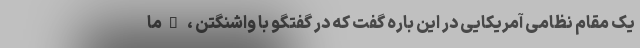
یک مقام نظامی آمریکایی در این باره گفت که در گفتگو با واشنگتن ، "ما